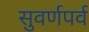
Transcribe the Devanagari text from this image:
सुवर्णपर्व